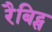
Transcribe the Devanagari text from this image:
रैबिट्स